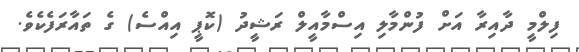
ފިލްމީ ދާއިރާ އަށް ފުންމާލި އިސްމާއީލް ރަޝީދު (ކޮޕީ އިއްސެ) ގެެ ތައާރަފެކެވެ.